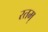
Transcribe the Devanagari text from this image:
रतम्